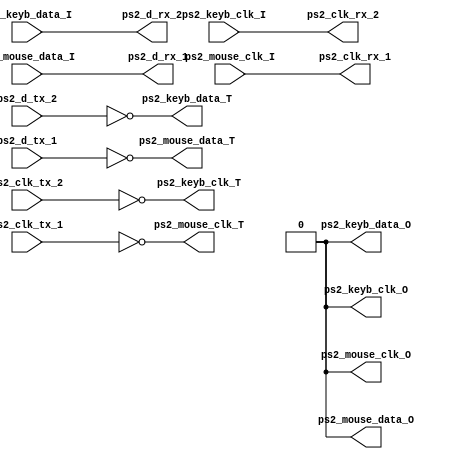
module dual_ps2_ioadapter (
  ps2_clk_rx_1,     // O
  ps2_clk_rx_2,     // O
  ps2_clk_tx_1,     // I
  ps2_clk_tx_2,     // I
  ps2_d_rx_1,       // O
  ps2_d_rx_2,       // O
  ps2_d_tx_1,       // I
  ps2_d_tx_2,       // I
  ps2_mouse_clk_I,  // I
  ps2_mouse_clk_O,  // O
  ps2_mouse_clk_T,  // O
  ps2_mouse_data_I, // I
  ps2_mouse_data_O, // O
  ps2_mouse_data_T, // O
  ps2_keyb_clk_I,   // I
  ps2_keyb_clk_O,   // O
  ps2_keyb_clk_T,   // O
  ps2_keyb_data_I,  // I
  ps2_keyb_data_O,  // O
  ps2_keyb_data_T   // O
  );

  output ps2_clk_rx_1;
  output ps2_clk_rx_2;
  input  ps2_clk_tx_1;
  input  ps2_clk_tx_2;
  output ps2_d_rx_1;
  output ps2_d_rx_2;
  input  ps2_d_tx_1;
  input  ps2_d_tx_2;
  input  ps2_mouse_clk_I;
  output ps2_mouse_clk_O;
  output ps2_mouse_clk_T;
  input  ps2_mouse_data_I;
  output ps2_mouse_data_O;
  output ps2_mouse_data_T;
  input  ps2_keyb_clk_I;
  output ps2_keyb_clk_O;
  output ps2_keyb_clk_T;
  input  ps2_keyb_data_I;
  output ps2_keyb_data_O;
  output ps2_keyb_data_T;

  // PS/2 Assignments
  assign ps2_clk_rx_1 = ps2_mouse_clk_I;
  assign ps2_clk_rx_2 = ps2_keyb_clk_I;
  assign ps2_d_rx_1   = ps2_mouse_data_I;
  assign ps2_d_rx_2   = ps2_keyb_data_I;

  assign ps2_mouse_clk_O  = 1'b0;
  assign ps2_mouse_clk_T  = ~ps2_clk_tx_1;
  assign ps2_mouse_data_O = 1'b0;
  assign ps2_mouse_data_T = ~ps2_d_tx_1;
  assign ps2_keyb_clk_O   = 1'b0;
  assign ps2_keyb_clk_T   = ~ps2_clk_tx_2;
  assign ps2_keyb_data_O  = 1'b0;
  assign ps2_keyb_data_T  = ~ps2_d_tx_2;

endmodule